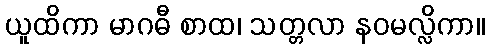
ယူထိကာ မာဂဓီ စာထ၊ သတ္တလာ နဝမလ္လိကာ။